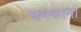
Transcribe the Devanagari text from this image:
झमकाना